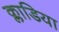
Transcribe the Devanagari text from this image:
क्लाडिया